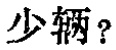
少辆？